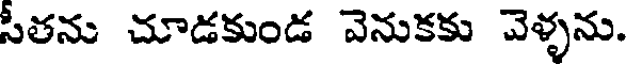
సీతను చూడకుండ వెనుకకు వెళ్ళను.